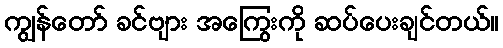
ကျွန်တော် ခင်ဗျား အကြွေးကို ဆပ်ပေးချင်တယ်။